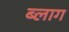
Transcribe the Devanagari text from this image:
ब्‍लाग